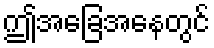
ဤအခြေအနေတွင်